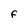
Character: F